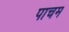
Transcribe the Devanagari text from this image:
पाचम